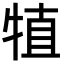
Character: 犆